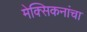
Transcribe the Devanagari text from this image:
मेक्सिकनांचा